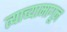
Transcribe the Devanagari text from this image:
त्याच्यामागून